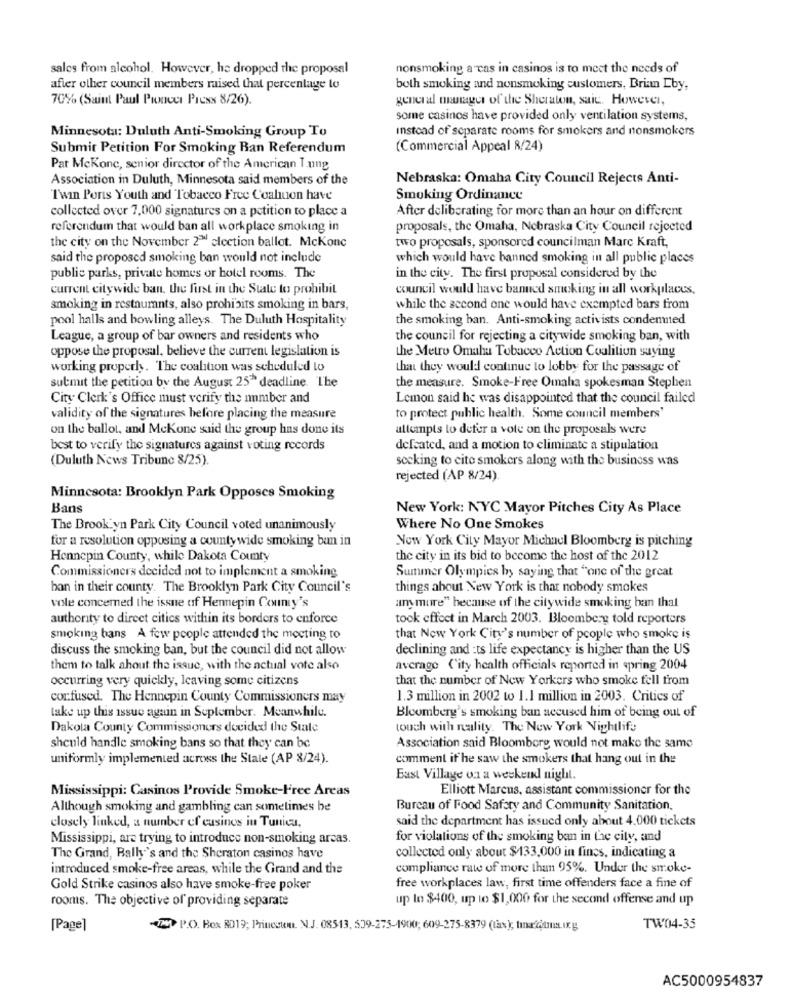
sales from alcohol. However, he dropped the proposal
nonsmoking a cas in casinos is to meet the needs of
after other council members raised that percentage to
both smoking and nonsmoking customers, Brian Lby,
70% (Saint Paul Pioneer Press 8/26).
general outages of the Sheraton, saic. However,
some casinos have provided only ventilation systems,
instead of separate rooms for smokers and nonsmokers
Minnesota: Duluth Anti-Smoking Group To
Submit Petition For Smoking Ban Referendum
(Commercial Appeal 8/24)
Pat McKone, senior director of the American I ung
Association in Duluth, Minnesota said members of the
Nebraska: Omaha City Council Rejects Anti-
I'win Ports Youth and Tobacco Free Coahuon have
Smoking Ordinance
collected over 7,000 signatures on a petition to place a
After deliberating for more than an hour on different
referendum that would ban all workplace smoking in
proposals, the Omaha, Nebraska City Council rejected
two proposals, sponsored councilman Marc Kraft,
the city on the November 2ª election ballot. McKone
said the proposed smoking ban would not include
which would have banned smoking in all public places
publie parks, private homes or hotel rooms. The
in the city. The first proposal considered by the
current citywide ban, the first in the State to prohibit
council would have banned smoking in all workplaces.
smoking in restaurants, also prohibits smoking in bars,
while the second one would have exempted bars from
pool halls and bowling alleys. The Duluth Hospitality
the smoking ban. Anti-smoking activists condemned
League, a group of bar owners and residents who
the council for rejecting a citywide smoking ban, with
oppose the proposal, believe the current legislation is
the Metro Omaha Tobacco Action Coalition saying
working properly. The coalition was scheduled lo
that they would continue to lobby for the passage of
submit the petition by the August 25" deadline. The
the measure. Smoke-Free Omaha spokesman Stephen
City Clerk's Office must verify the number and
Lemon said he was disappointed that the council failed
validity of the signatures before placing the measure
to protect public health. Some council members'
on the ballot, and Mekone said the group has done its
attempts to defer a vote on the proposals were
best to verify the signatures against voting records
defeated, and a motion to eliminate a stipulation
(Duluth News Tribune 8/25).
seeking to cite smokers along with the business was
rejected (AP 8/24).
Minnesota: Brooklyn Park Opposes Smoking
Bans
New York: NYC Mayor Pitches City As Place
The Brook yn Park City Council voted unanimously
Where No One Smokes
for a resolution opposing a county wide smoking ban in
New York City Mayor Michael Bloomberg is pitching
Hennepin County, while Dakota County
the city in its bid to become the host of the 2012
Commissioners decided not to implement a smoking
Summer Olympics by saying that "one of the great
ban in their county. The Brooklyn Park City Council's
things about New York is that nobody smokes
vole concemed the issue of Hennepin County's
any more" because of the citywide smoking han thal
authority to direct cities within its borders to enforce
took effect in March 2003. Bloomberg told reporters
smoking hans A few people attended the meeting to
that New York City's number of people who smoke is
discuss the smoking ban, but the council did not allow
declining and :ts life expectancy is higher than the US
them to talk about the issue, with the actual vote also
average ('ity health officials reported in spring 2004
occurring very quickly, leaving some citizens
that the number of New Yorkers who smoke fell from
confused. The Hennepin County Commissioners may
1.3 million in 2002 to 1.1 million in 2003. Critics of
take up this issue again in September. Meanwhile.
Bloomberg's smoking ban accused him of being out of
Dakota County Commissioners decided the State
touch with reality. The New York Nightlife
should handle smoking bans so that they can be
Association said Bloomberg would not make the same
uniformly implemented across the State (AP 8/24).
comment if he saw the smokers that hang out in the
East Village on a weekend night.
Mississippi: Casinos Provide Smoke-Free Areas
Elliott Marcus, assistant commissioner for the
Although smoking and gambling can sometimes be
Bureau of Food Safety and Community Sanitation.
said the department has issued only about 4.000 tickets
closely linked, a number of casinos in Tunica,
Mississippi, are trying to introduce non-smoking arcas.
for violations of the smoking ban in the city, and
The Grand, Bally's and the Sheraton casinos have
collected only about $133,000 in fines, indicating a
introduced smoke-free areas, while the Grand and the
compliance rate of more than 95%. Under the smoke-
Gold Strike casinos also have smoke-free poker
free workplaces law, first time offenders face a fine of
rooms. The objective of providing separate
up to $400, up to $1,000 for the second offense and up
[Page]
P.O. Box RD19; Princcum. N.J. 08513, 509-275-1900; 609-275-8379 (tax); tinafiamma ux. g
TW04-35
AC5000954837